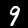
Digit: 9